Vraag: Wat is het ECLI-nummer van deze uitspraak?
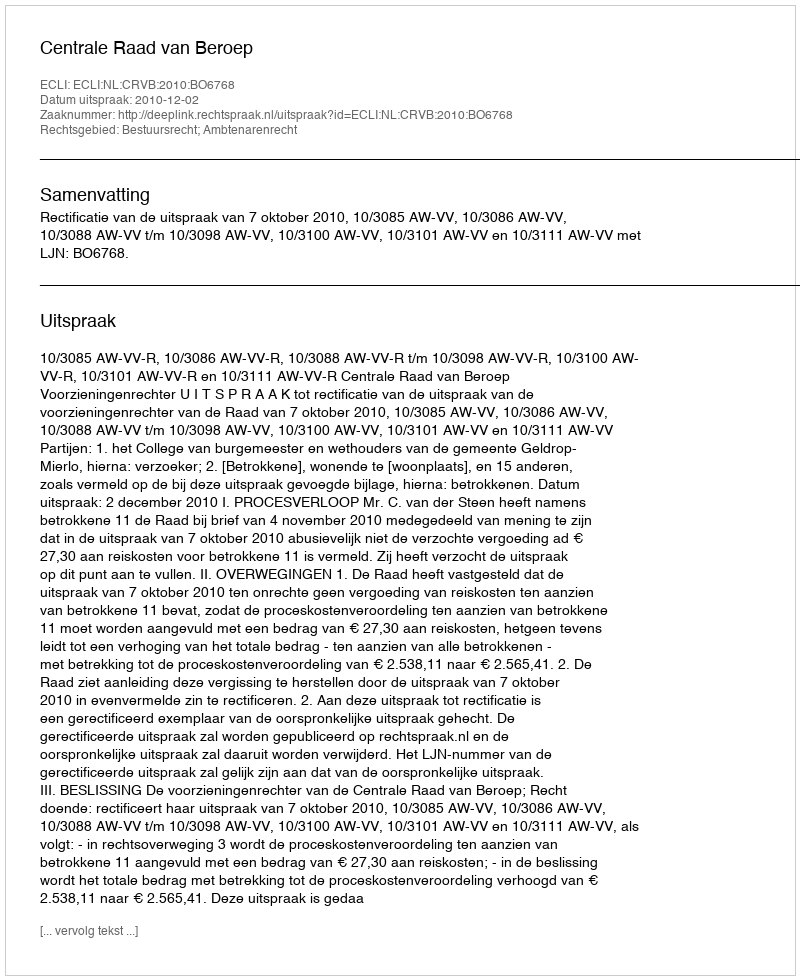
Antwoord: ECLI:NL:CRVB:2010:BO6768